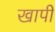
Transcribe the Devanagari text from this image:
खापी